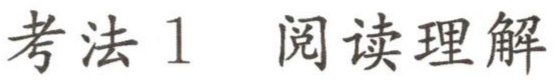
考法 1 阅读理解